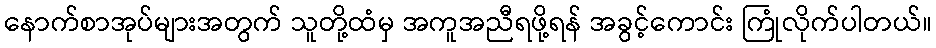
နောက်စာအုပ်များအတွက် သူတို့ထံမှ အကူအညီရဖို့ရန် အခွင့်ကောင်း ကြုံလိုက်ပါတယ်။